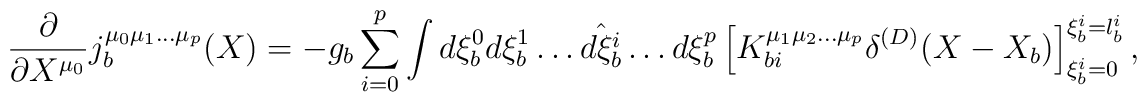
\frac{\partial}{\partial X^{\mu_0}}	j_{b}^{\mu_{0}\mu_{1}\ldots\mu_{p}}(X)	=	- g_{b}\sum_{i=0}^{p}	\int d\xi^0_{b}d\xi^1_{b}\ldots\hat{d\xi^{i}_{b}}\ldots d\xi^{p}_{b}	\left[	K_{bi}^{\mu_{1}\mu_{2}\ldots\mu_{p}}	\delta^{(D)}(X-X_b)	\right]_{\xi_b^i=0}^{\xi_b^i=l_b^i},